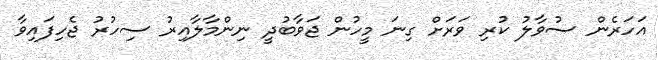
އަހަރެން ސުވާލު ކުރި ވަރަށް ގިނަ މީހުން ޖަވާބުދީ ނިންމާލާއިރު ސިހުރު ޖެހިފައިވާ